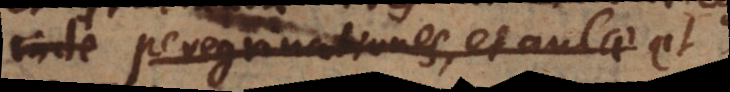
inde peregrinationes et aulae et